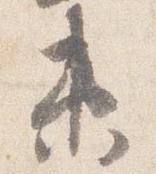
衛